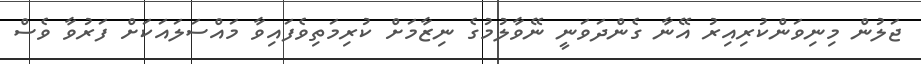
ޖަލުން މިނިވަންކުރިއިރު އޭނާ ގެންދަވަނީ ނޭވާލުމުގެ ނިޒާމަށް ކުރިމަތިވެފައިވާ މައްސަލައަކަށް ފަރުވާ ވެސް